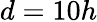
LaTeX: d=10h